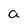
Character: a